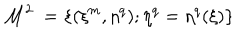
{ \cal M } ^ { 2 } ~ = \{ ( \xi ^ { m } , \eta ^ { q } ) ; \eta ^ { q } = \eta ^ { q } ( \xi ) \}